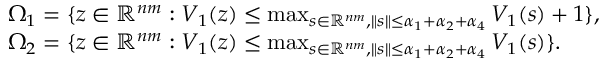
\begin{array} { r l } & { \Omega _ { 1 } = \{ z \in \mathbb { R } ^ { n m } : V _ { 1 } ( z ) \leq \operatorname* { m a x } _ { s \in \mathbb { R } ^ { n m } , \| s \| \leq \alpha _ { 1 } + \alpha _ { 2 } + \alpha _ { 4 } } V _ { 1 } ( s ) + 1 \} , } \\ & { \Omega _ { 2 } = \{ z \in \mathbb { R } ^ { n m } : V _ { 1 } ( z ) \leq \operatorname* { m a x } _ { s \in \mathbb { R } ^ { n m } , \| s \| \leq \alpha _ { 1 } + \alpha _ { 2 } + \alpha _ { 4 } } V _ { 1 } ( s ) \} . } \end{array}